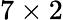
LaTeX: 7\times 2